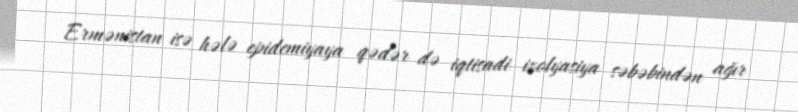
Ermənistan isə hələ epidemiyaya qədər də iqtisadi izolyasiya səbəbindən ağır